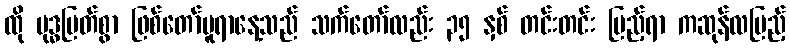
ထို ဗုဒ္ဓမြတ်စွာ ဖြစ်တော်မူရာနေ့သည် သက်တော်လည်း ၃၅ နှစ် တင်းတင်း ပြည့်ရာ ကဆုန်လပြည့်